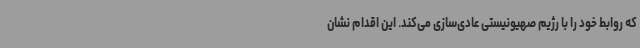
که روابط خود را با رژیم صهیونیستی عادی‌سازی می‌کند. این اقدام نشان